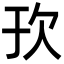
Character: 𬅞